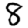
Digit: 8